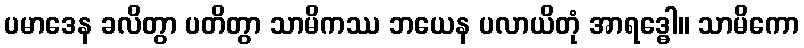
ပမာဒေန ခလိတွာ ပတိတွာ သာမိကဿ ဘယေန ပလာယိတုံ အာရဒ္ဓေါ။ သာမိကော